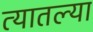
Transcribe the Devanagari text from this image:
त्‍यातल्‍या